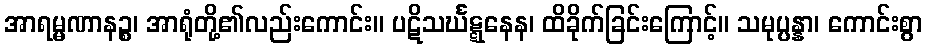
အာရမ္မဏာနဉ္စ၊ အာရုံတို့၏လည်းကောင်း။ ပဋိသင်္ဃဋ္ဋနေန၊ ထိခိုက်ခြင်းကြောင့်။ သမုပ္ပန္နာ၊ ကောင်းစွာ